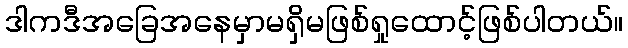
ဒါကဒီအခြေအနေမှာမရှိမဖြစ်ရှုထောင့်ဖြစ်ပါတယ်။